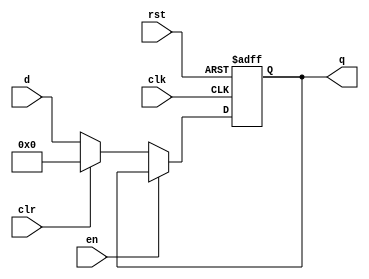
`timescale 1ns / 1ps

module dreg_en #(parameter WIDTH = 32)(
        input  wire             clk,
        input  wire             rst,
        input  wire             clr,
        input  wire             en,
        input  wire [WIDTH-1:0] d,
        output reg  [WIDTH-1:0] q
    );

    always @ (posedge clk, posedge rst) begin
        if      (rst) q <= 0;
        else if	(~en) 
		begin
			if(clr) q <= 0;	
		    else q <= d;
		end
        else q <= q;
    end
endmodule